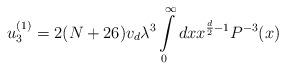
LaTeX: \begin{align*}u_3^{(1)}=2(N+26)v_d\lambda^3\int\limits_0^\infty{dx}x^{\frac{d}{2}-1}P^{-3}(x)\end{align*}